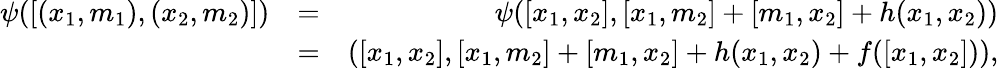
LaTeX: \begin{array}{rlr}{\psi([(x_{1},m_{1}),(x_{2},m_{2})])}&{=}&{\psi([x_{1},x_{2}],[x_{1},m_{2}]+[m_{1},x_{2}]+h(x_{1},x_{2}))}\\ &{=}&{([x_{1},x_{2}],[x_{1},m_{2}]+[m_{1},x_{2}]+h(x_{1},x_{2})+f([x_{1},x_{2}])),}\end{array}